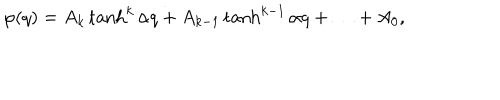
\varphi ( q ) = A _ { k } \tanh ^ { k } { \alpha q } + A _ { k - 1 } \tanh ^ { k - 1 } { \alpha q } + \ldots + A _ { 0 } ,